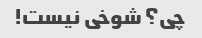
چی؟ شوخی نیست!